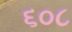
૬૦૮